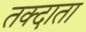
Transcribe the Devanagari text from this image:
तक्दाता